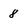
Character: 8